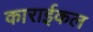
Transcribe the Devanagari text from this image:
काराईकल